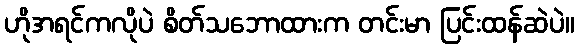
ဟိုအရင်ကလိုပဲ စိတ်သဘောထားက တင်းမာ ပြင်းထန်ဆဲပဲ။